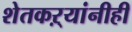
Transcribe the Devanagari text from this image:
शेतकऱ्यांनीही